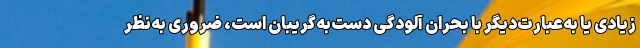
زیادی یا به‌عبارت‌دیگر با بحران آلودگی دست‌به‌گریبان است، ضروری به‌نظر